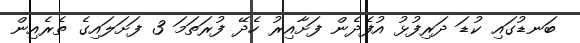
ބަނޑުގައި ކުޑަ ދަރިފުޅު އުފެދެން ފަށާއިރު ހެދޭ ފުރަތަމަ 3 ފަށަލައިގެ ތެރެއިން